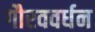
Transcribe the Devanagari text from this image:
गौरववर्धन